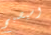
وسيصبح